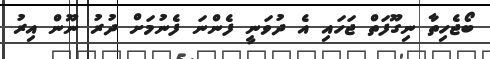
ބޯޖެހިތާ ނިގޫފަތް ޖަހައި އެ ދުވަނީ ފެންނަ ފެނުމަށް ދުރު ނޫން އިރު